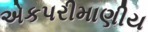
એકપરીમાણીય